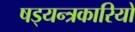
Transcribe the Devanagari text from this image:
षड्‍यन्त्रकारियों